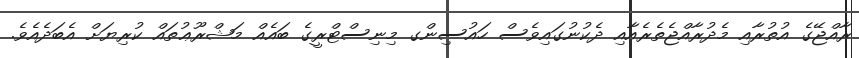
ރާއްޖޭގެ އުތުރާއި މެދުރާއްޖެތެރެއާއި ދެކުނުގައިވެސް ހައުސިންގ މިނިސްޓްރީގެ ބައެއް މަޝްރޫޢުތައް ކުރިޔަށް އެބަދެއެވެ.